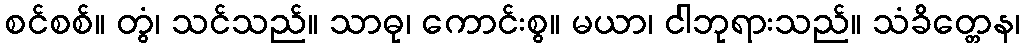
စင်စစ်။ တွံ၊ သင်သည်။ သာဓု၊ ကောင်းစွ။ မယာ၊ ငါဘုရားသည်။ သံခိတ္တေန၊